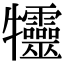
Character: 𤜙